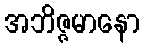
အဘိဇ္ဇမာနော